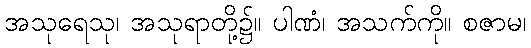
အသုရေသု၊ အသုရာတို့၌။ ပါဏံ၊ အသက်ကို။ စဇာမ၊